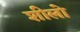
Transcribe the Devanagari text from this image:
शीलो